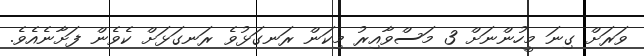
ވަރަށް ގިނަ މީހުންނަށް 3 މަސްވާއިރު މިކަން ރަނގަޅުވެ ރަނގަޅަށް ކެވެން ފަށާނެއެވެ.